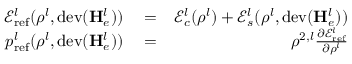
\begin{array} { r l r } { \mathscr { E } _ { \mathrm { r e f } } ^ { l } ( \rho ^ { l } , \mathrm { d e v } ( \mathbf { H } _ { e } ^ { l } ) ) } & { { } = } & { \mathscr { E } _ { c } ^ { l } ( \rho ^ { l } ) + \mathscr { E } _ { s } ^ { l } ( \rho ^ { l } , \mathrm { d e v } ( \mathbf { H } _ { e } ^ { l } ) ) } \\ { p _ { \mathrm { r e f } } ^ { l } ( \rho ^ { l } , \mathrm { d e v } ( \mathbf { H } _ { e } ^ { l } ) ) } & { { } = } & { \rho ^ { 2 , l } \frac { \partial \mathscr { E } _ { \mathrm { r e f } } ^ { l } } { \partial \rho ^ { l } } } \end{array}